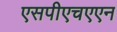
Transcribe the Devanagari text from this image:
एसपीएचएएन